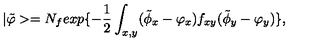
| \tilde { \varphi } > = N _ { f } e x p \{ - { \frac { 1 } { 2 } } \int _ { x , y } ( \tilde { \phi } _ { x } - \varphi _ { x } ) f _ { x y } ( \tilde { \phi } _ { y } - \varphi _ { y } ) \} ,